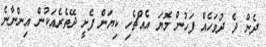
ދެން ދެ ދުވަހެއް ފަހުން މޮޔަ އެއްޗެހި ކިޔަން ފެށީ ދޭތެރެއަކުން އިންނާނެ